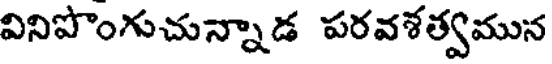
వినిపొంగుచున్నాడ పరవశత్వమున